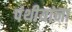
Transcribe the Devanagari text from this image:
पंथीयांना